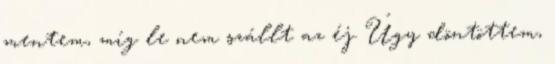
mentem, míg le nem szállt az éj. Úgy döntöttem,